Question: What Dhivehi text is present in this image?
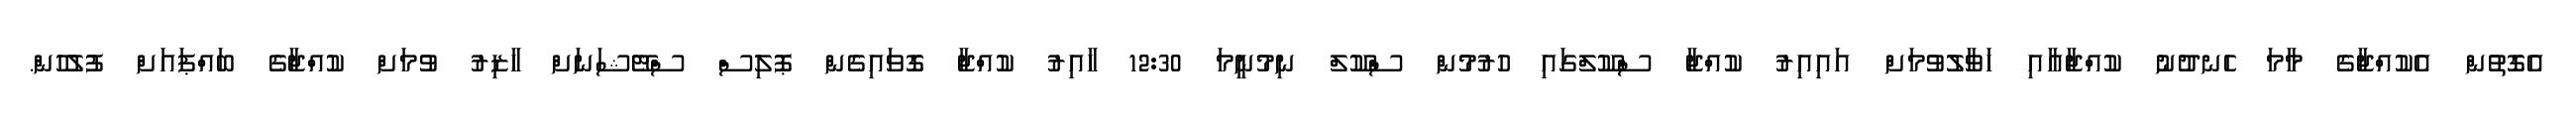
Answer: އެގޮތުން އެކުއްޖާގެ މާމަ ހެނދުނު ކުއްޖާއާއި ހަވާލުވުމަށް އައިއިރު ކުއްޖާ ސްކޫލްގައި ހުރުމުން ސްކޫލް ނިމުނީމަ 12:30 ހާއިރު ކުއްޖާ ގޮވައިގެން ޕޮލިސް ސްޓޭޝަނަށް ހާޒިރު ވުމަށް ކުއްޖާގެ ބައްޕައަށް ފުލުހުން.